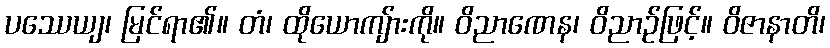
ပဿေယျ၊ မြင်ရာ၏။ တံ၊ ထိုယောကျ်ားကို။ ဝိညာဏေန၊ ဝိညာဉ်ဖြင့်။ ဝိဇာနာတိ၊